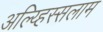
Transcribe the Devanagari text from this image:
अल्य्हिस्सलाम